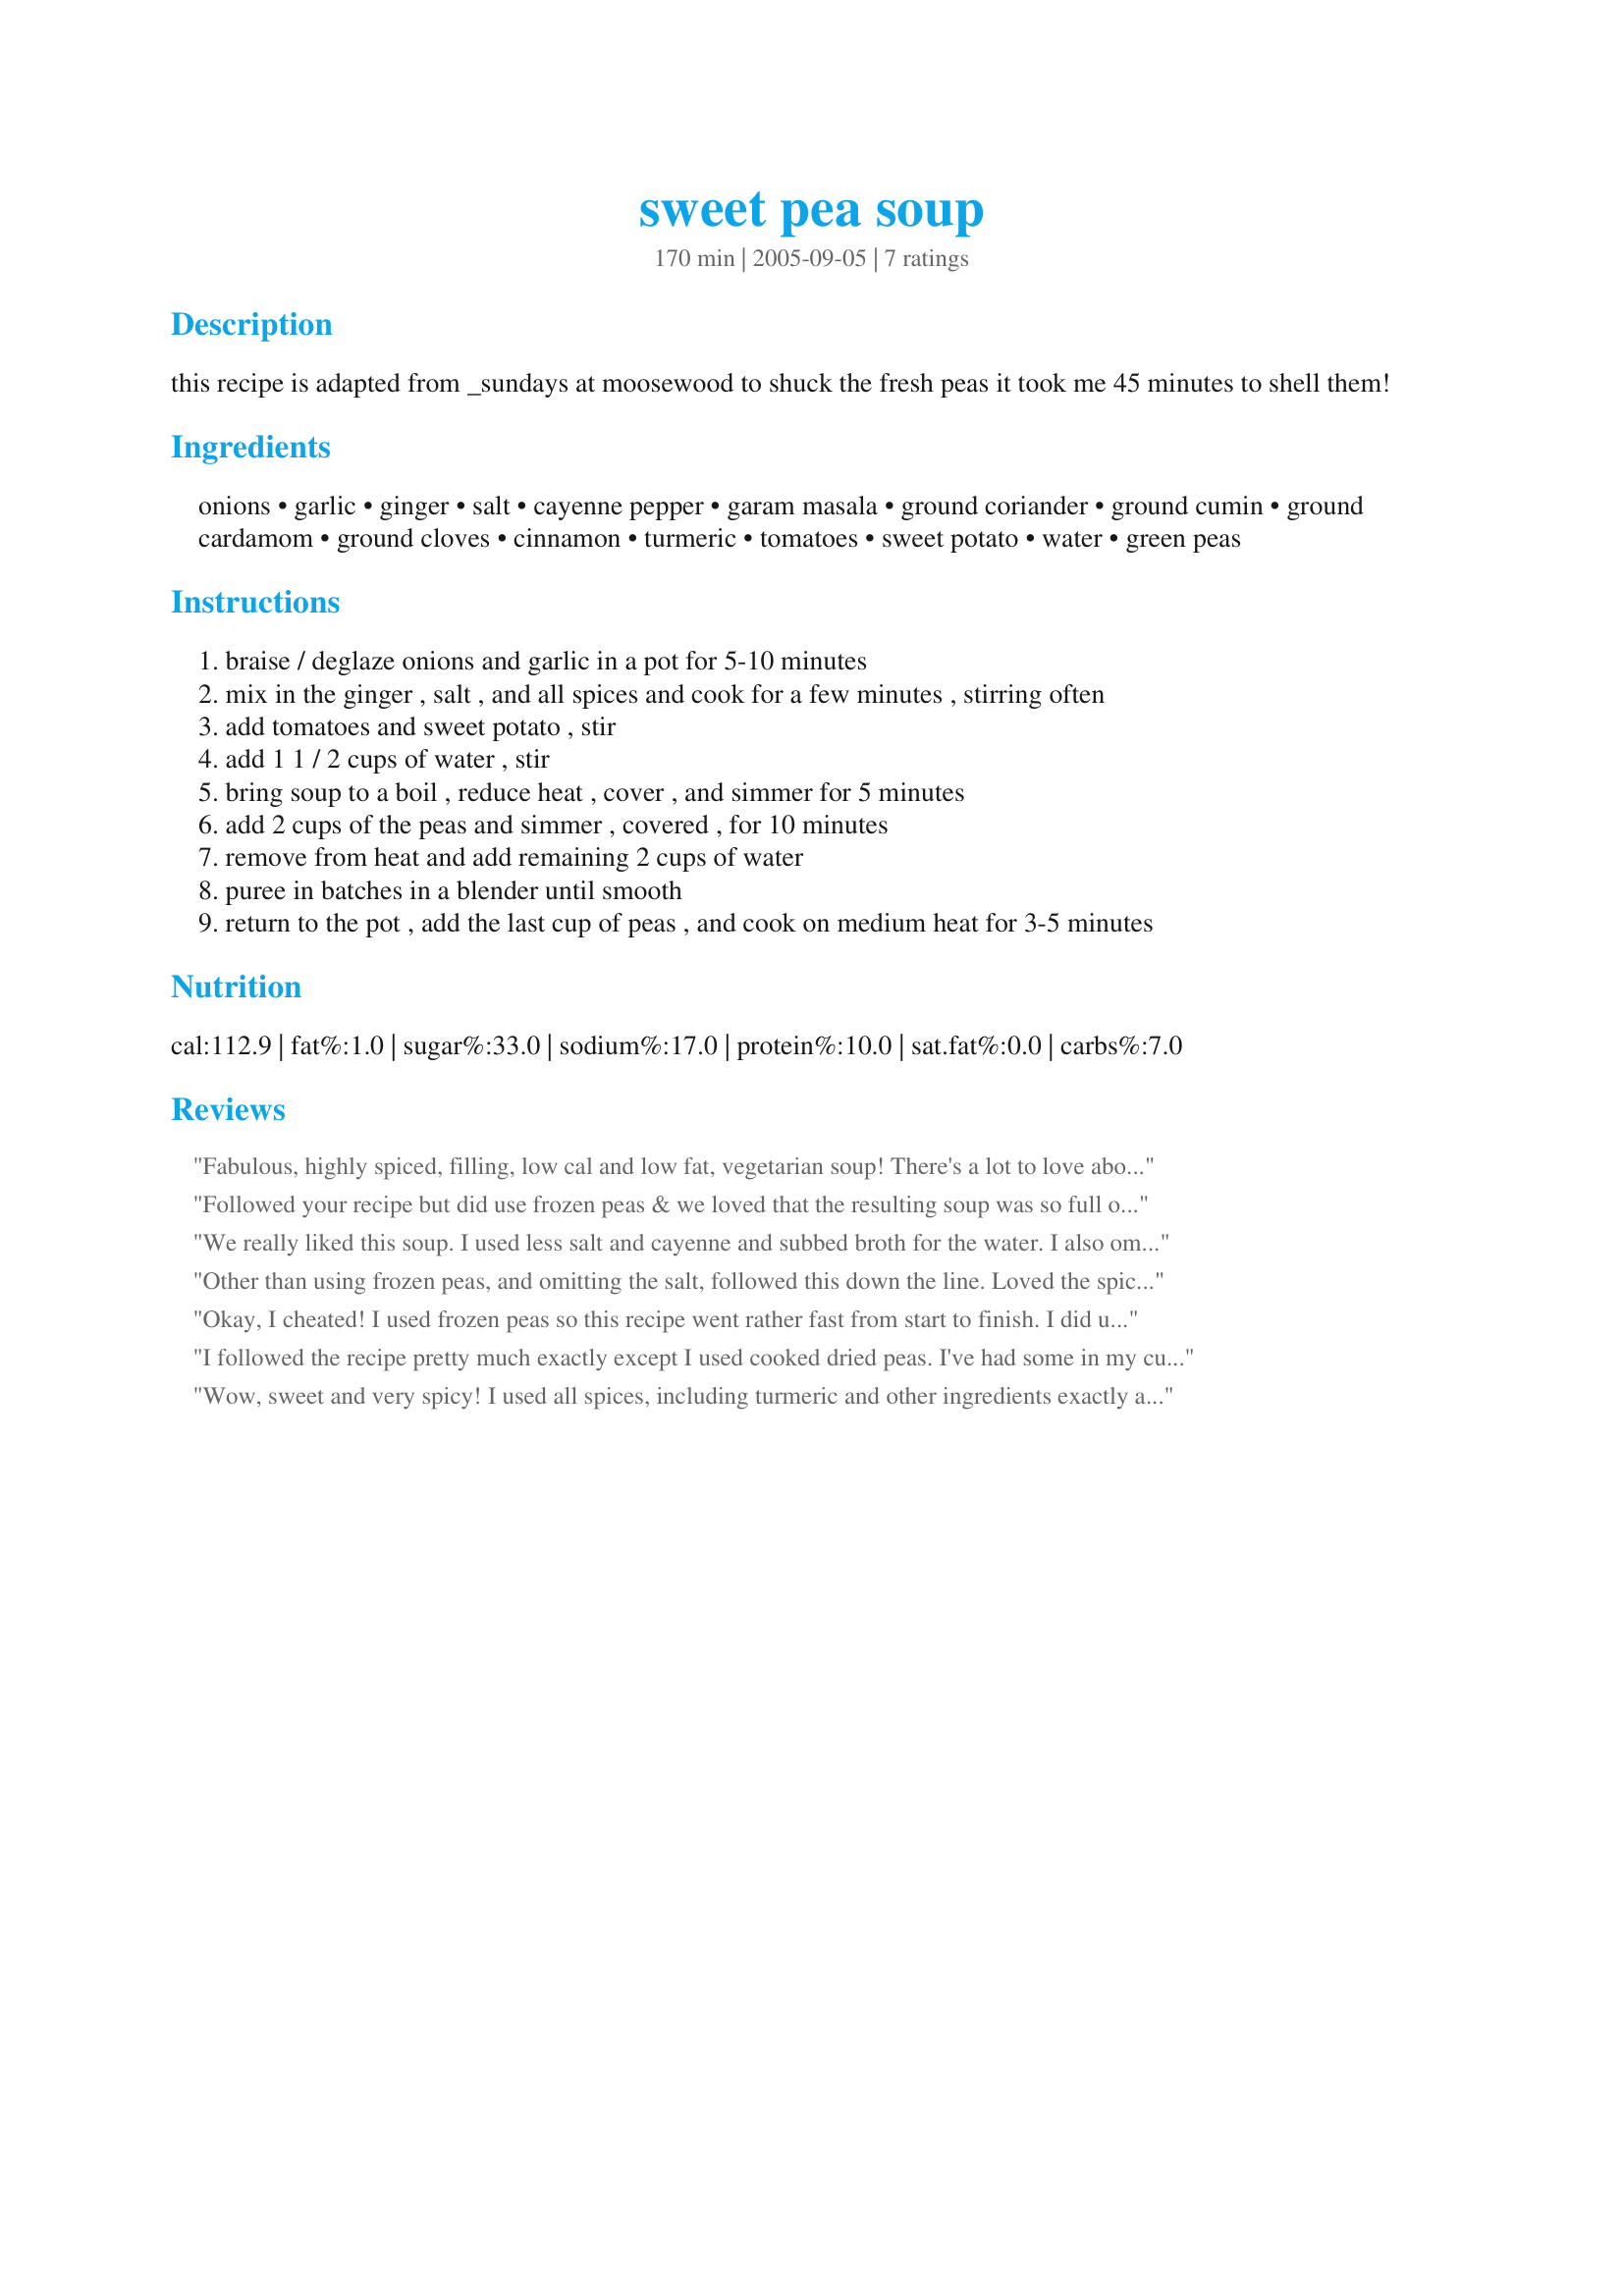
sweet pea soup
Preparation time: 170 minutes

this recipe is adapted from _sundays at moosewood to shuck the fresh peas it took me 45 minutes to shell them!

Ingredients:
onions, garlic, ginger, salt, cayenne pepper, garam masala, ground coriander, ground cumin, ground cardamom, ground cloves, cinnamon, turmeric, tomatoes, sweet potato, water, green peas

Steps:
braise / deglaze onions and garlic in a pot for 5-10 minutes
mix in the ginger , salt , and all spices and cook for a few minutes , stirring often
add tomatoes and sweet potato , stir
add 1 1 / 2 cups of water , stir
bring soup to a boil , reduce heat , cover , and simmer for 5 minutes
add 2 cups of the peas and simmer , covered , for 10 minutes
remove from heat and add remaining 2 cups of water
puree in batches in a blender until smooth
return to the pot , add the last cup of peas , and cook on medium heat for 3-5 minutes

Reviews:
Fabulous, highly spiced, filling, low cal and low fat, vegetarian soup! There's a lot to love about this recipe! I reduced some of the spices because they're already in the garam masala, and used frozen peas. I did add a tiny bit of splenda to make up for not using fresh peas and that worked very well. One change I think I'd make next time is to use some chicken broth instead of water, since I'm not vegetarian. Wonderful recipe. Thank you, BLUE ROSE.
Followed your recipe but did use frozen peas & we loved that the resulting soup was so full of flavor & spicy goodness! A keeper recipe, for sure! Thanks for sharing it! [Tagged & made in Please Review My Recipe]
We really liked this soup. I used less salt and cayenne and subbed broth for the water. I also omitted the cardamom/cloves/cinnamon since there is quite a lot of that flavor in the garam masala I use. I used the full amount of the turmeric and thought it gave the soup a great base flavor. Everything was very harmonious and it was comforting on a cold night.
Other than using frozen peas, and omitting the salt, followed this down the line. Loved the spiciness, and the flavors. Seeing, that I am trying to eat a little healthier this year, this fit the bill, and my 2 kids really enjoyed it, as the rush for 2nds began. Great soup for weight watchers, or for anyone wantimg a low-fat soup pack with flavor. Made for best of Cookbook tag January 2012.
Okay, I cheated! I used frozen peas so this recipe went rather fast from start to finish. I did use the turmeric but only 1/2 tsp...I think a whole tspful would be too much. Since this is a main dish for me and a opener for my guys (students), I used another sweet potato that I added after I pureed the soup. I let it simmer over another pot of water to cook the extra potato and when done, added the rest of the peas. Up to the part of adding another sweet potato, it took me only about 20 minutes. I also used 1 tbls canola oil to stir-fry the onions at the start. I also replaced one cup of water for one cup of half n'half. It was tummy-yummy! Thanks for posting, BLUE ROSE.
I followed the recipe pretty much exactly except I used cooked dried peas. I've had some in my cupboard for awhile that I needed to use up. This was a really nice way to do that. I suspect that it would have tasted many times better with fresh or frozen peas but you do what you've got to do to use up your stash of weird pantry items. :)
Wow, sweet and very spicy! I used all spices, including turmeric and other ingredients exactly as written, except for extra garlic. My BF, who does not normally like extra-hot stuff, liked this a lot. We both had seconds. I also used frozen peas, and it took me about 40 minutes from start to finish. I used the braise/deglaze technique (first time for me, had to figure out how by searching the web) and it worked really well, making a practically zero fat soup with awesome taste. Want to use up some of the spices in your rack? Make this soup! Definitely not for the faint-hearted though. Thanks very much Blue Rose:D
